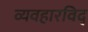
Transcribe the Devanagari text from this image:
व्यवहारविद्